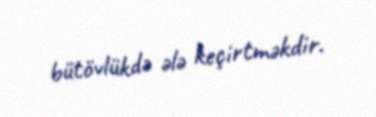
bütövlükdə ələ keçirtməkdir.